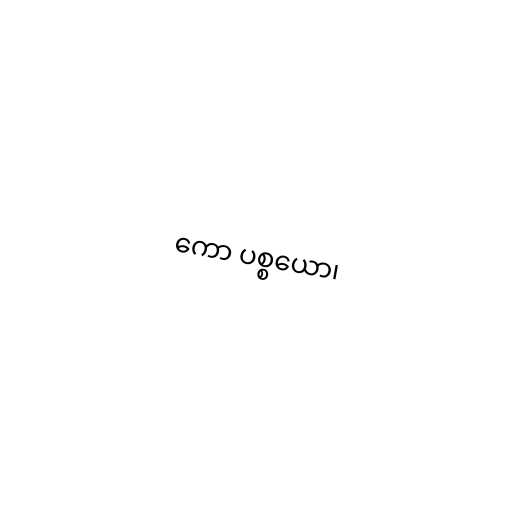
ကော ပစ္စယော၊